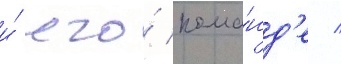
и́ его́ кома́нд'е /